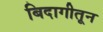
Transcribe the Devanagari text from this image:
बिदागीतून